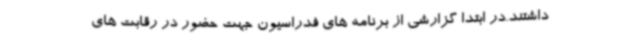
داشتند.در ابتدا گزارشی از برنامه های فدراسیون جهت حضور در رقابت های